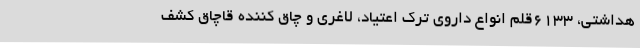
هداشتی، 6133قلم انواع داروی ترک اعتیاد، لاغری و چاق کننده قاچاق کشف